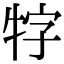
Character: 牸